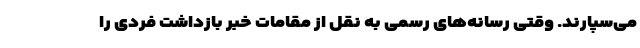
می‌سپارند. وقتی رسانه‌های رسمی به نقل از مقامات خبر بازداشت فردی را